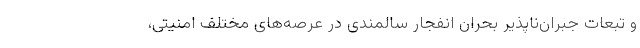
و تبعات جبران‌ناپذیر بحران انفجار سالمندی در عرصه‌های مختلف امنیتی،